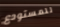
للمستودع